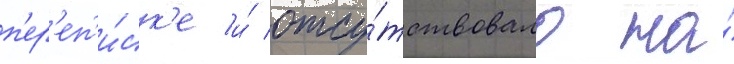
п'ер'еп'и́ск'е и́ отсу́тствовало на́